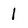
Character: 1